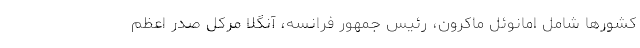
کشور‌ها شامل امانوئل ماکرون، رئیس جمهور فرانسه، آنگلا مرکل صدر اعظم